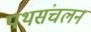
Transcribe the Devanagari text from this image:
पथसंचलन